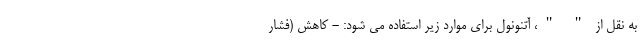
به نقل از " "، آتنونول برای موارد زیر استفاده می شود: - کاهش (فشار